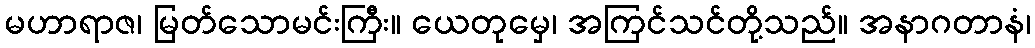
မဟာရာဇ၊ မြတ်သောမင်းကြီး။ ယေတုမှေ၊ အကြင်သင်တို့သည်။ အနာဂတာနံ၊